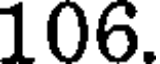
106.